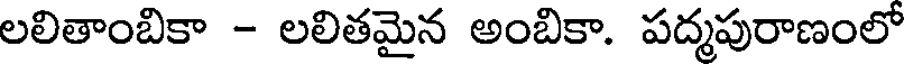
లలితాంబికా - లలితమైన అంబికా. పద్మపురాణంలో